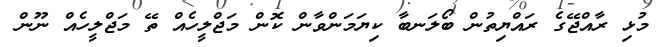
މުޅި ރާއްޖޭގެ ރައްްޔިތުން ބޯލަނބާ ކިޔަމަންވާން ކޮން މަޖްލީހެއް ތޭ މަޖްލީހެއް ނޫން